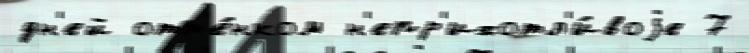
дн'ей отт'е́нком н'епр'ихотл'и́воjе 7